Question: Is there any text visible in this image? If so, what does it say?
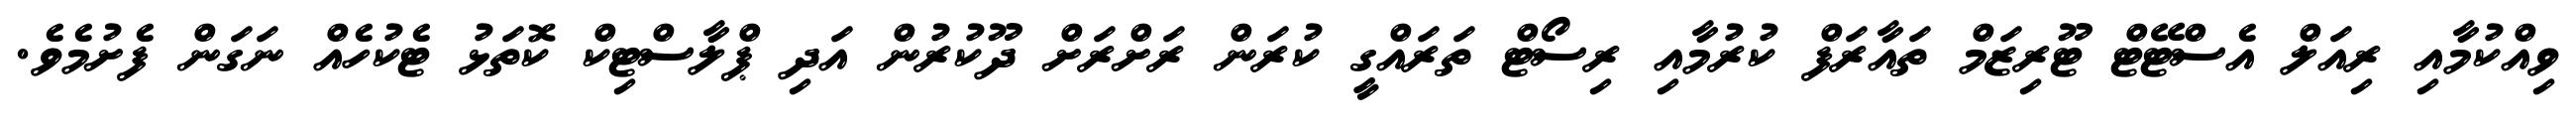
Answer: ވިއްކުމާއި ރިއަލް އެސްޓޭޓް ޓޫރިޒަމް ތައާރަފް ކުރުމާއި ރިސޯޓް ތަރައްގީ ކުރަން ރަށްރަށް ދޫކުރުން އަދި ޕްލާސްޓިކް ކޮތަޅު ޓެކުހެއް ނަގަން ފެށުމެވެ.